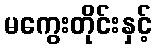
မကွေးတိုင်းနှင့်